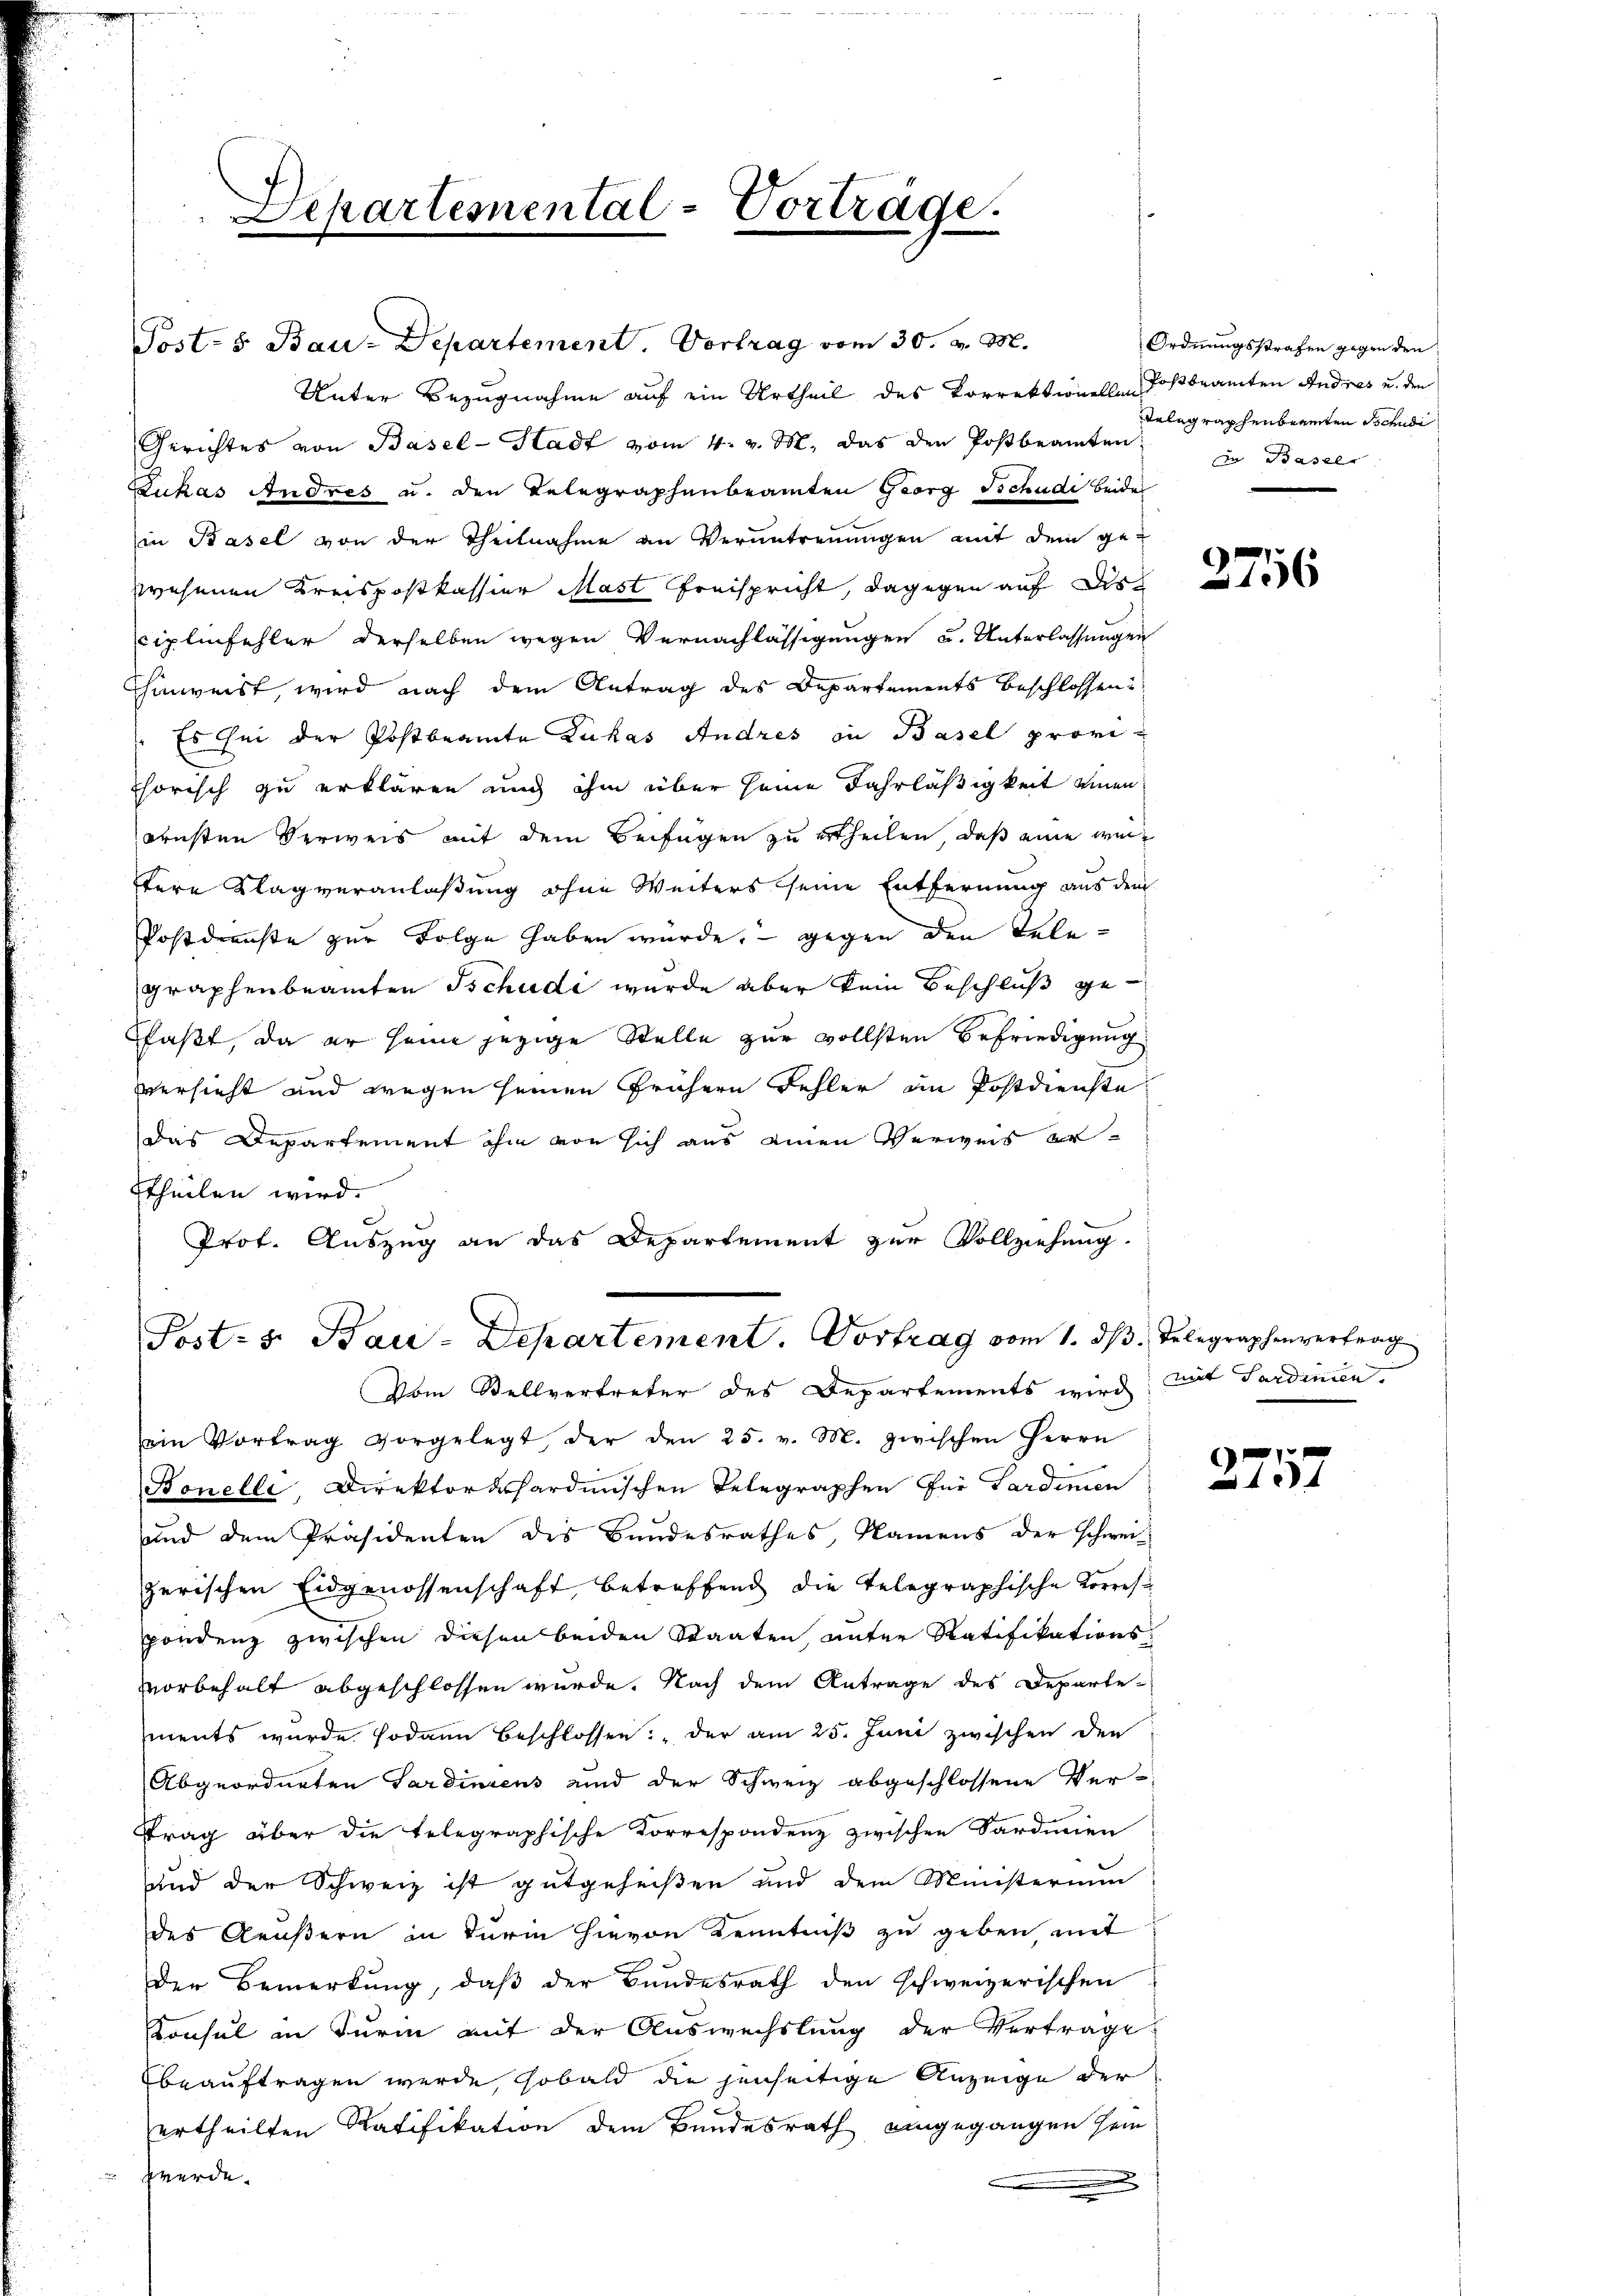
Departemental-Vortrage.

Post- & Bau-Departement. Vortrag vom 30. v. M.
Unter Bezugnahme auf ein Urtheil des Vorrektionelle Dosbeamten Andres u. den
Gerichtes von Basel-Stadt vom 4. v. M. das den Postbeamten
Lukas Andres u. den Telegraphenbeamten Georg Tschudi beide
in Basel von der Theilnahme an Verantrennungen mit dem ge-
zwesenen Kreispostkassier Mast Freispricht, dagegen auf Disciplinfehler derselben wegen Vernachlässigungen u. Unterlassungen
Ehinweist, wird nach dem Antrag des Departements beschlossen:
" Es sei der Postbeamte Zukas Andres in Basel provihorisch zu erklären und ihm über seine Fahrläßigkeit einen
ernsten Verweis mit dem Beifügen zu ertheilen, daß eine weitere Klagveranlaßung ohne Weiters seine Entfernung aus dem
Postdienste zur Folge haben würde, gegen den Telegraphenbeamten Tschudi wurde aber kein Beschluß gefaßt, da er seine jezige Stelle zur vollsten Befriedigung
versicht und wegen seinen frühern Fehler in Postdienste
das Departement ihm von sich aus einen Verweis erttheilen wird.
Prof. Auszug an das Departement zur Vollziehung.
Post- u. Bau-Departement. Vortrag vom 1. dβ. Telegraphenvertrag
Vom Stellvertreter des Departements wird
ein Vortrag vorgelegt, der den 25. v. M. zwischen Herrn
Bonelle Direktordhardinischen Telegraphen für Gardinien
und dem Präsidenten des Bundesrathes, Namens der schweiz
zerischen Eidgenossenschaft, betreffend die telegraphische Korrespondenz zwischen diesen beiden Staaten, unter Ratifikations-
vorbehalt abgeschlossen wurde. Nach dem Antrage des Departe-
ments wurde sodann beschlossen: „der am 25. Juni zwischen den
Abgeordneten Sardiniens und der Schweiz abgeschlossene Ver-
Trag über die telegraphische Korrespondenz zwischen Sardinien
und der Schweiz ist gutgeheißen und dem Ministerium
des Aeußern in Turin hievon Kenntniß zu geben, mit
Der Bemerkung, daß der Bundesrath den schweizerischen
Konsul in Turin mit der Auswechslung der Verträge
Ebeauftragen wurde, sobald die jenseitige Anzeige der
ertheilten Ratifikation dem Bundesrath eingegangen sein
 werde.
.

Ordnungsstrafen gegen den
Telegraphenbeamten Tschudi
Du Basel

2756

mit Sardinien.

2757